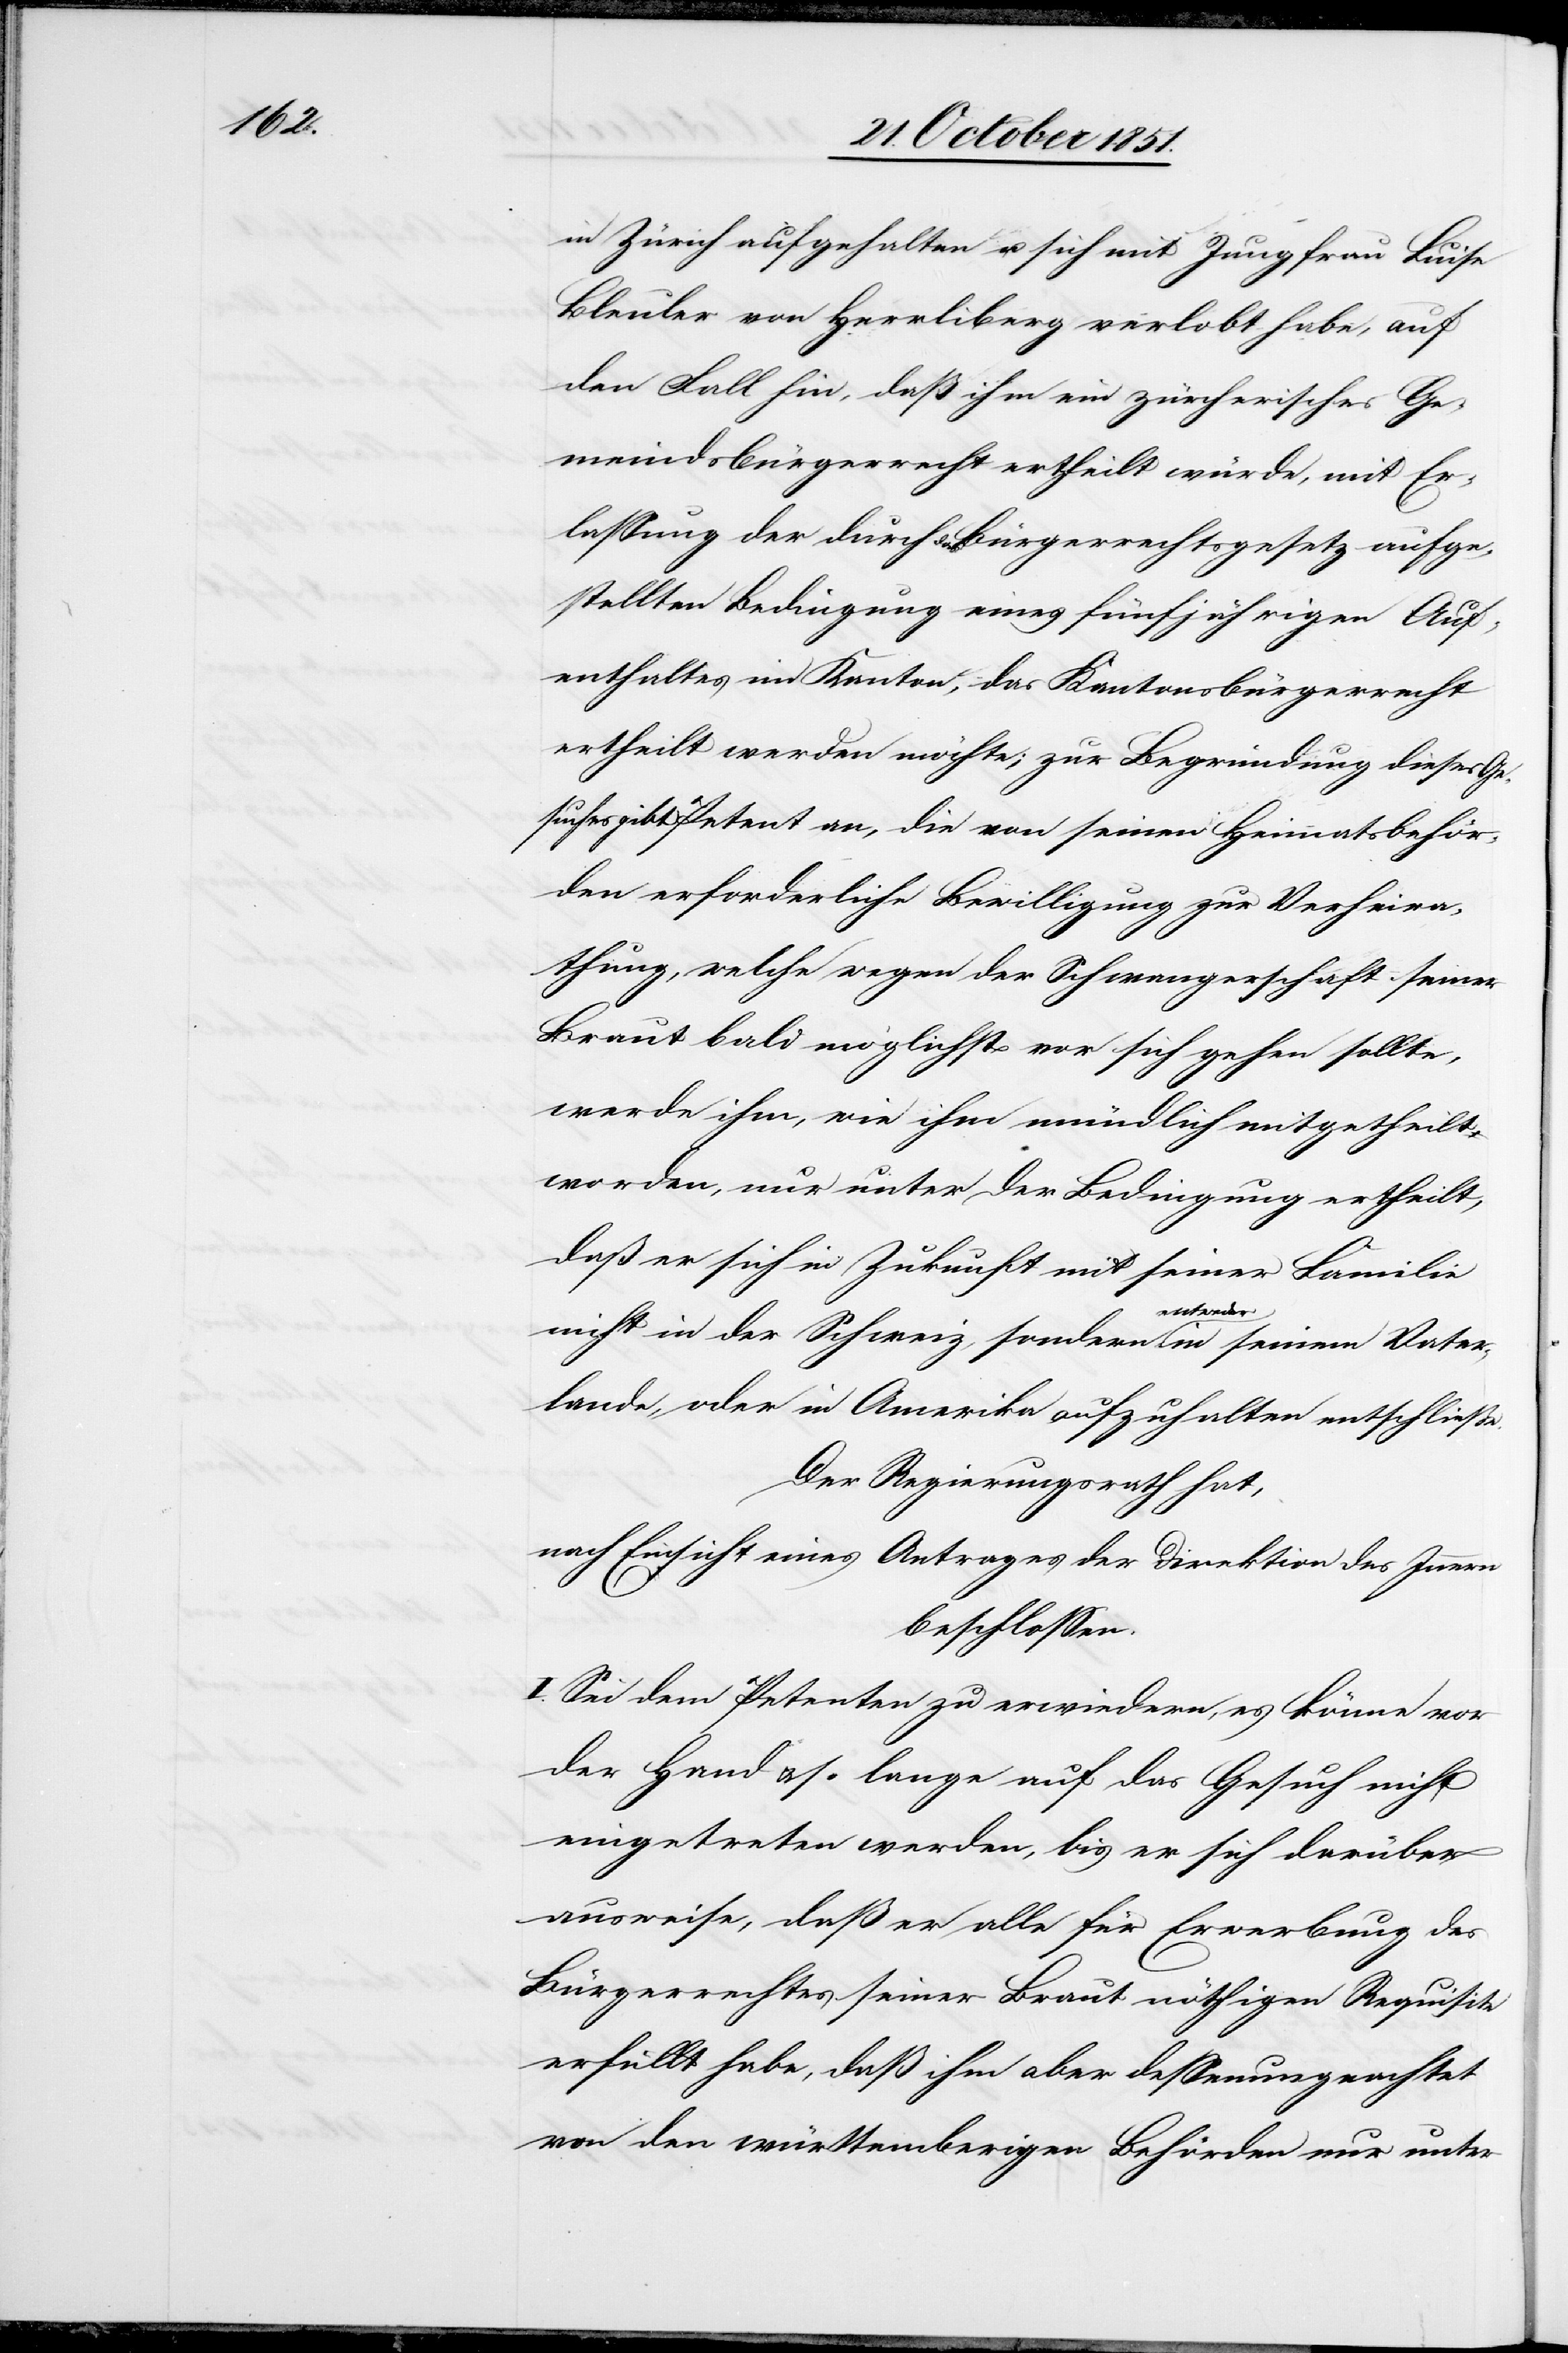
in Zürich aufgehalten u. sich mit Jungfrau Luise
Bleuler von Herrliberg verlobt habe, auf
den Fall hin, daß ihm ein zürcherisches Ge¬
meindsbürgerrecht ertheilt würde, mit Er¬
lassung der durch das Bürgerrechtsgesetz aufge¬
stellten Bedingung eines fünfjährigen Auf¬
enthaltes im Kanton, das Kantonsbürgerrecht
ertheilt werden möchte; zur Begründung dieses Ge¬
suches gibt Petent an, die von seinen Heimatsbehör¬
den erforderliche Bewilligung zur Verheira¬
thung, welche wegen der Schwangerschaft seiner
Braut bald möglichst vor sich gehen sollte,
werde ihm, wie ihm mündlich mitgetheilt
worden, nur unter der Bedingung ertheilt,
daß er sich in Zukunft mit seiner Familie
nicht in der Schweiz, sondern entweder in seinem Vater¬
lande, oder in Amerika aufzuhalten entschließe.
Der Regierungsrath hat,
nach Einsicht eines Antrages der Direktion des Innern
beschlossen.
I. Sei dem Petenten zu erwiedern, es könne vor
der Hand & so lange auf das Gesuch nicht
eingetreten werden, bis er sich darüber
ausweise, daß er alle für Erwerbung des
Bürgerrechtes seiner Braut nöthigen Requisite
erfüllt habe, daß ihm aber dessenungeachtet
von den württemberigen Behörden nur unter